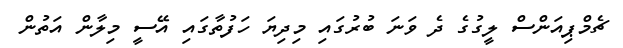
ޗެމްޕިއަންސް ލީގުގެ ދެ ވަނަ ބުރުގައި މިދިޔަ ހަފުތާގައި އޭސީ މިލާން އަތުން